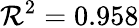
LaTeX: \mathcal{R}^{2}=0.958